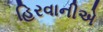
હિરવાનીએ